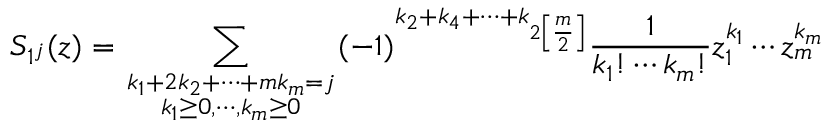
S _ { 1 ^ { j } } ( z ) = \sum _ { { \scriptstyle k _ { 1 } + 2 k _ { 2 } + \cdots + m k _ { m } = j } \atop { \scriptstyle k _ { 1 } \geq 0 , \cdots , k _ { m } \geq 0 } } ( - 1 ) ^ { k _ { 2 } + k _ { 4 } + \cdots + k _ { 2 \left[ \frac m 2 \right] } } \frac 1 { k _ { 1 } ! \cdots k _ { m } ! } z _ { 1 } ^ { k _ { 1 } } \cdots z _ { m } ^ { k _ { m } }